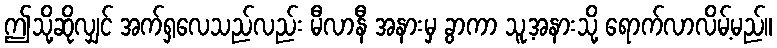
ဤသို့ဆိုလျှင် အက်ရှလေသည်လည်း မီလာနီ အနားမှ ခွာကာ သူ့အနားသို့ ရောက်လာလိမ့်မည်။